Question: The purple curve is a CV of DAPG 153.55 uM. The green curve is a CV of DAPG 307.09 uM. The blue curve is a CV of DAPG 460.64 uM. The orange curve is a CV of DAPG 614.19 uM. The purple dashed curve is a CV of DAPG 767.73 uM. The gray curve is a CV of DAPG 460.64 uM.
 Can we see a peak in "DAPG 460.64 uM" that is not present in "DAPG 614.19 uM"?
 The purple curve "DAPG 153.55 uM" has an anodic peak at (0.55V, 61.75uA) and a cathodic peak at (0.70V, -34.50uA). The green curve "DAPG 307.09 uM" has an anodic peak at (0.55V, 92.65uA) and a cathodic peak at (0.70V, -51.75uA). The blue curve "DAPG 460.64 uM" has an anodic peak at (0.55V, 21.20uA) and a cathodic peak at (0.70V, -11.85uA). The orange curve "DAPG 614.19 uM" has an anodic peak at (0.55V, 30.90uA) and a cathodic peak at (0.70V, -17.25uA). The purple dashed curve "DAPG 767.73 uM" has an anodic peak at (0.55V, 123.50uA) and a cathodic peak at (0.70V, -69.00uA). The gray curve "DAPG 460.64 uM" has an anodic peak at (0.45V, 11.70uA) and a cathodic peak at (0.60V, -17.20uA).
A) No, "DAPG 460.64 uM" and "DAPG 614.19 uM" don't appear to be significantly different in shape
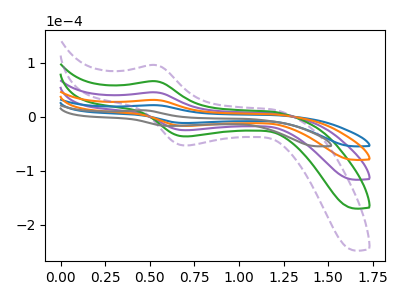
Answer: <think>All the peaks in "DAPG 460.64 uM" have a peak in "DAPG 614.19 uM" at the same potential. Every peak in "DAPG 460.64 uM" is lower than every peak in "DAPG 614.19 uM".
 </think>
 <answer>A) No, "DAPG 460.64 uM" and "DAPG 614.19 uM" don't appear to be significantly different in shape</answer>
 <eval>A</eval>